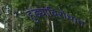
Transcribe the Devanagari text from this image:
हुंड्याविरोधात